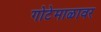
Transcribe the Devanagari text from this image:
गोटेमाळावर